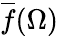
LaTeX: {\overline{{f}}}(\Omega)